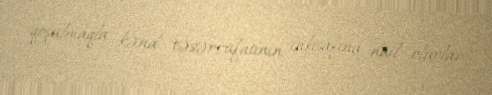
qoşulmaqla kənd təsərrüfatının inkişafına nail olurlar.